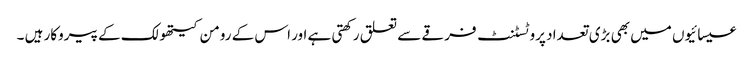
عیسائیوں میں بھی بڑی تعداد پروٹسٹنٹ فرقے سے تعلق رکھتی ہے اور اس کے رومن کیتھولک کے پیروکار ہیں ۔